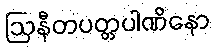
ဩနီတပတ္တပါဏိနော